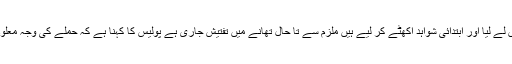
پولیس نے فوری کارروائی کرتے ہوئے انیس سالہ حملہ آور کو گرفتار کرکے آلہ قتل تحویل میں لے لیا اور ابتدائی شواہد اکھٹے کر لیے ہیں ملزم سے تا حال تھانے میں تفتیش جاری ہے پولیس کا کہنا ہے کہ حملے کی وجہ معلوم کی جا رہی ہے تا ہم ہو سکتا کہ ملزم نفسیاتی مرض میں مبتلا ہو جو اس واقعے کا محرک بنا۔